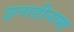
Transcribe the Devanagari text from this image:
इलाहीनामा